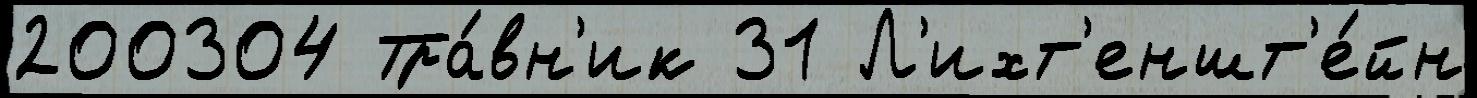
200304 Тра́вн'ик 31 Л'ихт'еншт'е́йн